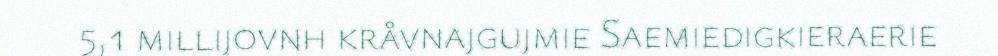
5,1 millijovnh kråvnajgujmie Saemiedigkieraerie